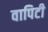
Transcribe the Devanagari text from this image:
वापिटी